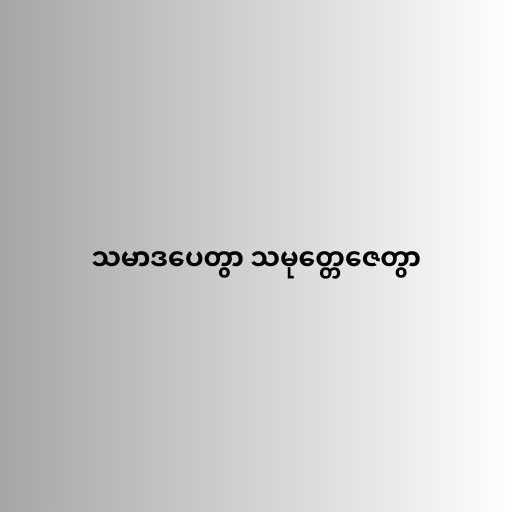
သမာဒပေတွာ သမုတ္တေဇေတွာ